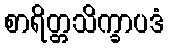
စာရိတ္တသိက္ခာပဒံ